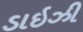
ડાઇઝી